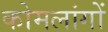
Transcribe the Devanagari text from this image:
कोमलांगों